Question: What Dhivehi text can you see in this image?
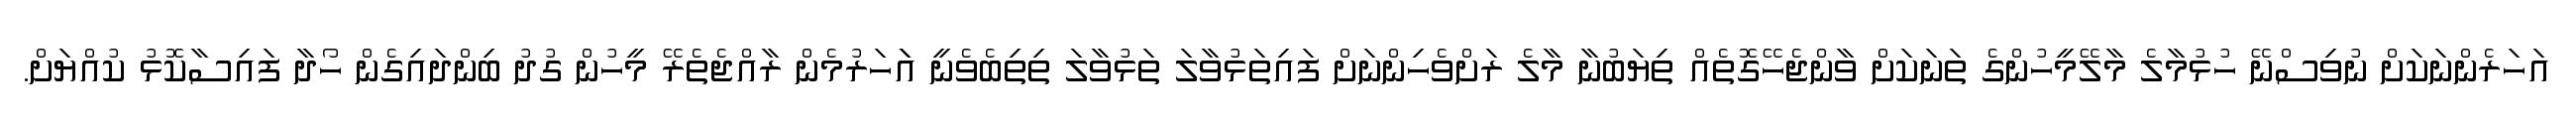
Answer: އަހަރެންނަކަށް ނުވިސްނޭ ހުޅުމާލެ މާލޭމީހުންގެ ތަނަކަށް ވާންޖެހޭގޮތެއް ތިޔަބުނާ މާލެ ރަށްވެހިންނަށް ފައިތަޅުވާލަ ތަޅުވާލަ ތިތިބެވެނީ އަަހަރުމެން ރާއްޖެތެރޭ މީހުން ގުދު ބިންދައިގެން ހޯދާ ފައިސާކޮޅު ކުއްޔަށް.